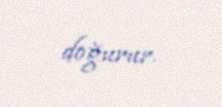
doğurur.